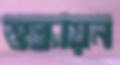
শুল্কায়ন